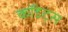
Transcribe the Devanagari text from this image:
कॉडेट्स